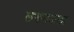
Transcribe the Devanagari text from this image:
लखनऊला